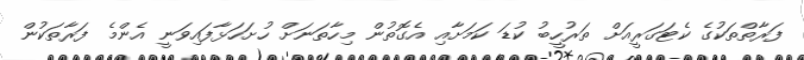
ފަރާތްތަކުގެ ކެޓަގަރީއަށް ތަރުހީބު ކުޑަ ކަމަށާއި އެގޮތުން މިހާތަނަށް ހުށަހަޅާފައިވަނީ އެންމެ ފަރާތަކުން